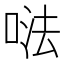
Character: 𠵽